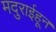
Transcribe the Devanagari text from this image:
मदुराईहून